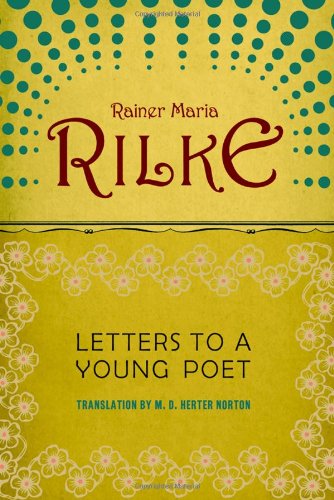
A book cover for Letters to a Young Poet; Rainer Maria Rilke; Literature & Fiction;